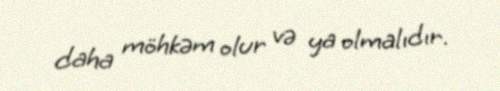
daha möhkəm olur və ya olmalıdır.